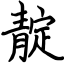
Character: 靛